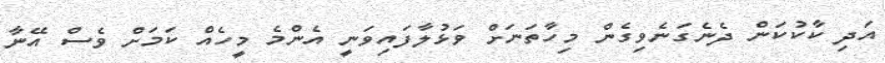
އަދި ކާކުކަން ދެނެގަނެވިގެން މިހާތަނަށް ވަޅުލާފައިވަނީ އެންމެ މީހެއް ކަމަށް ވެސް އޭނާ